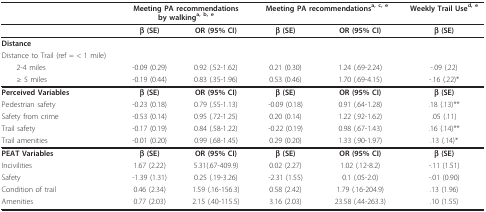
|  | <COLSPAN=2> Meeting PA recommendationsby walkinga, b, e | <COLSPAN=2> Meeting PA recommendationsa, c, e | Weekly Trail Used, e |
 | --- | --- | --- | --- | --- | --- |
 |  | β (SE) | OR (95% CI) | β (SE) | OR (95% CI) | β (SE) |
 | Distance |  |  |  |  |  |
 | Distance to Trail (ref = < 1 mile) |  |  |  |  |  |
 | 2-4 miles | -0.09 (0.29) | 0.92 (.52-1.62) | 0.21 (0.30) | 1.24 (.69-2.24) | -.09 (.22) |
 | ≥ 5 miles | -0.19 (0.44) | 0.83 (.35-1.96) | 0.53 (0.46) | 1.70 (.69-4.15) | -.16 (.22)* |
 | Perceived Variables | β (SE) | OR (95% CI) | β (SE) | OR (95% CI) | β (SE) |
 | Pedestrian safety | -0.23 (0.18) | 0.79 (.55-1.13) | -0.09 (0.18) | 0.91 (.64-1.28) | .18 (.13)** |
 | Safety from crime | -0.53 (0.14) | 0.95 (.72-1.25) | 0.20 (0.14) | 1.22 (.92-1.62) | .05 (.11) |
 | Trail safety | -0.17 (0.19) | 0.84 (.58-1.22) | -0.22 (0.19) | 0.98 (.67-1.43) | .16 (.14)** |
 | Trail amenities | -0.01 (0.20) | 0.99 (.68-1.45) | 0.29 (0.20) | 1.33 (.90-1.97) | .13 (.14)* |
 | PEAT Variables | β (SE) | OR (95% CI) | β (SE) | OR (95% CI) | β (SE) |
 | Incivilities | 1.67 (2.22) | 5.31(.67-409.9) | 0.02 (2.27) | 1.02 (.12-8.2) | -.11 (1.51) |
 | Safety | -1.39 (1.31) | 0.25 (.19-3.26) | -2.31 (1.55) | 0.1 (.05-2.0) | -.01 (0.90) |
 | Condition of trail | 0.46 (2.34) | 1.59 (.16-156.3) | 0.58 (2.42) | 1.79 (.16-204.9) | .13 (1.96) |
 | Amenities | 0.77 (2.03) | 2.15 (.40-115.5) | 3.16 (2.03) | 23.58 (.44-263.3) | .10 (1.55) |